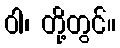
ဝါ၊ တို့တွင်။